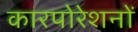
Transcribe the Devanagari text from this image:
कारपोरेशनों